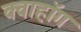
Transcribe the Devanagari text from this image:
क्वाहॉग